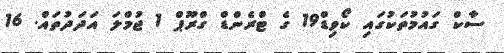
ސާކް ގައުމުތަކުގައި ކޯވިޑް19 ގެ ޓްރެންޑް ގްރޫޕް 1 ޖުމްލަ އަދަދުތައް. 16